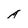
Character: A